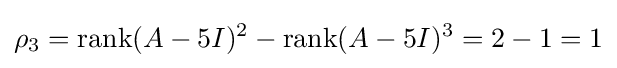
\rho _{3}=\operatorname {rank} (A-5I)^{2}-\operatorname {rank} (A-5I)^{3}=2-1=1